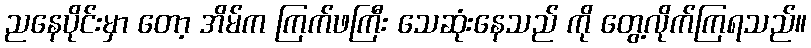
ညနေပိုင်းမှာ တော့ အိမ်က ကြက်ဖကြီး သေဆုံးနေသည် ကို တွေ့လိုက်ကြရသည်။